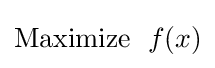
{\text{Maximize }}\;f(x)